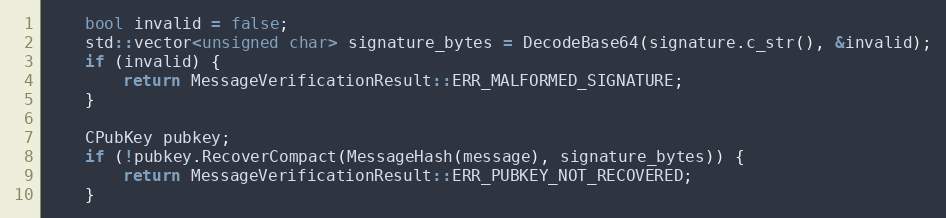
Language: C++
    bool invalid = false;
    std::vector<unsigned char> signature_bytes = DecodeBase64(signature.c_str(), &invalid);
    if (invalid) {
        return MessageVerificationResult::ERR_MALFORMED_SIGNATURE;
    }

    CPubKey pubkey;
    if (!pubkey.RecoverCompact(MessageHash(message), signature_bytes)) {
        return MessageVerificationResult::ERR_PUBKEY_NOT_RECOVERED;
    }